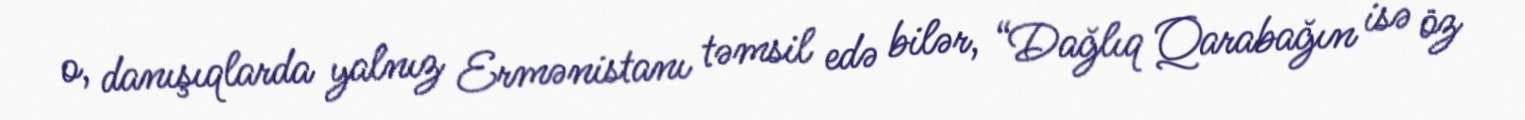
o, danışıqlarda yalnız Ermənistanı təmsil edə bilər, “Dağlıq Qarabağın isə öz